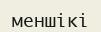
меншікі